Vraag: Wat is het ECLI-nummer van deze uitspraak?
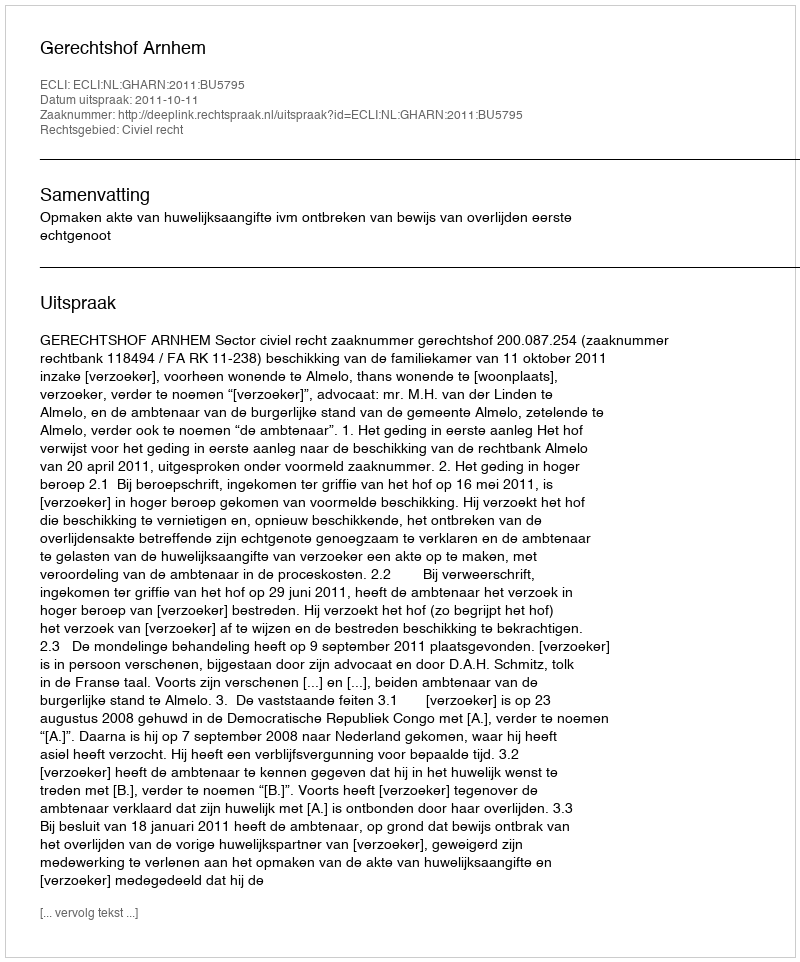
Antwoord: ECLI:NL:GHARN:2011:BU5795